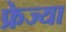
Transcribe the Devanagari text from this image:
फ्रेज्या